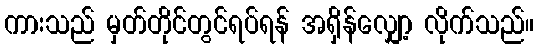
ကားသည် မှတ်တိုင်တွင်ရပ်ရန် အရှိန်လျှော့ လိုက်သည်။